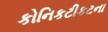
કોનિકટીકટના